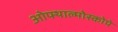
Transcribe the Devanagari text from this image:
ओफ्थाल्मोस्कोपे